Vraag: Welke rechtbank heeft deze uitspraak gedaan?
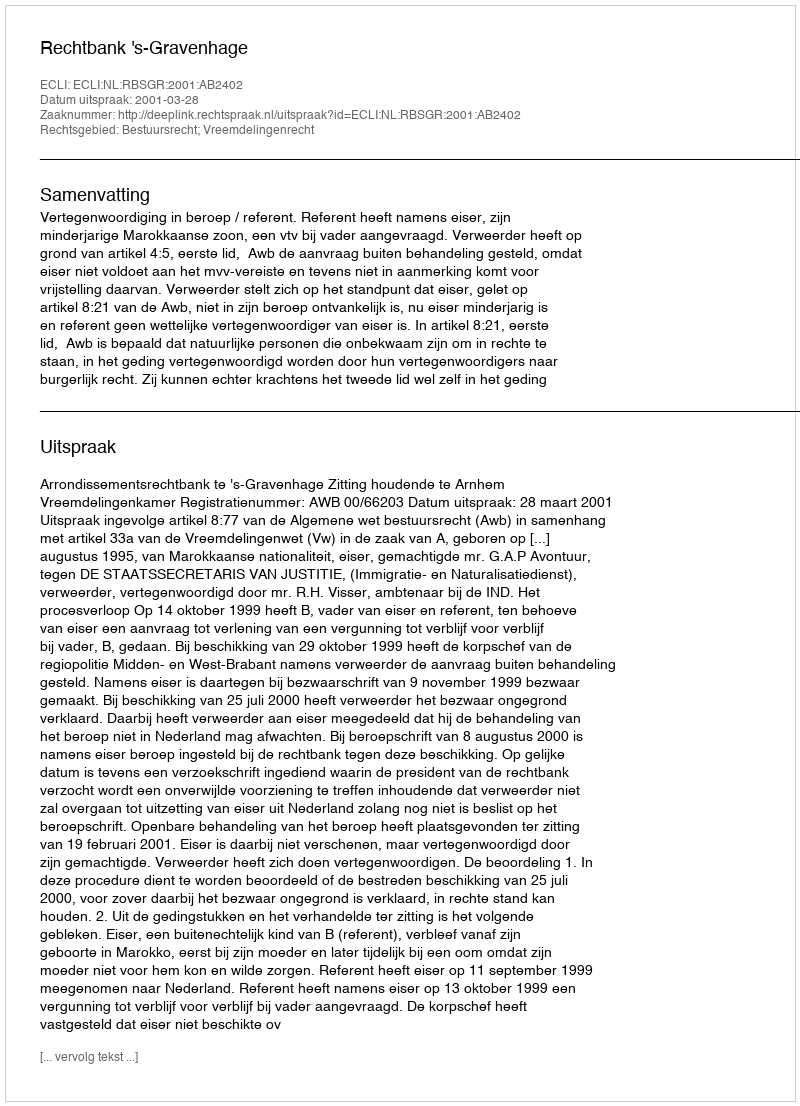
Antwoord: Rechtbank 's-Gravenhage